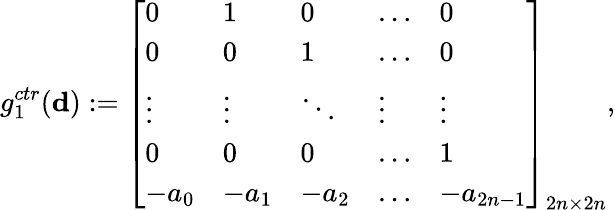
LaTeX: g_{1}^{ctr}({\mathbf d}):=\left[\begin{array}{lllll}{0}&{1}&{0}&{\dots}&{0}\\ {0}&{0}&{1}&{\dots}&{0}\\ {\vdots}&{\vdots}&{\ddots}&{\vdots}&{\vdots}\\ {0}&{0}&{0}&{\dots}&{1}\\ {-a_{0}}&{-a_{1}}&{-a_{2}}&{\dots}&{-a_{2n-1}}\end{array}\right]_{2n\times 2n},